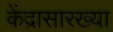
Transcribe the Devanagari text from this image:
केंद्रासारख्या